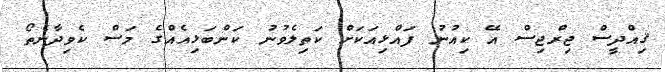
ޤިއްދީސް ޖިރްޖިސް އޭ ކިއުނު ފައްޅިއަކަށް ކަތިލެވުނު ކަންބަޅިއެއްގެ މަސް ކެވިދާނެތޯ